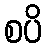
စပိ